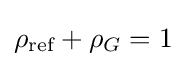
\rho _{\text{ref}}+\rho _{G}=1